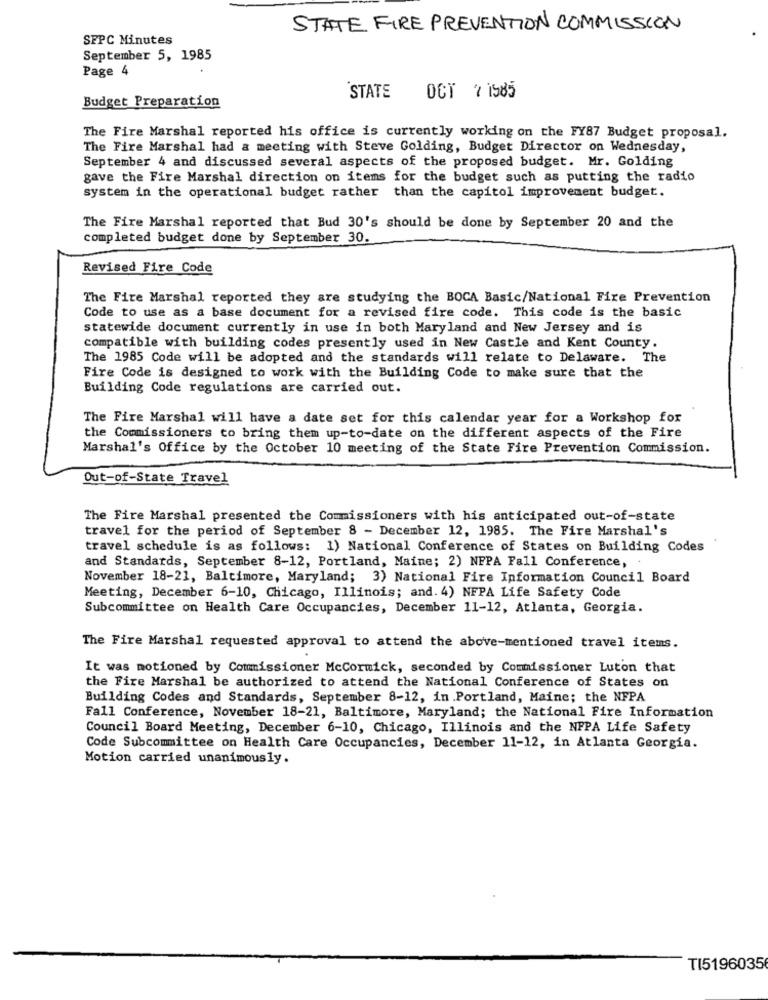
STATE FIRE PREVENTION COMMISSION
SFPC Minutes
September 5, 1985
Page 4
STATE
OCT 2 1585
Budget Preparation
The Fire Marshal reported his office is currently working on the FY87 Budget proposal.
The Fire Marshal had a meeting with Steve Golding, Budget Director on Wednesday,
September 4 and discussed several aspects of the proposed budget. Mr. Golding
gave the Fire Marshal direction on items for the budget such as putting the radio
system in the operational budget rather than the capitol improvement budget.
The Fire Marshal reported that Bud 30's should be done by September 20 and the
completed budget done by September 30.
Revised Fire Code
The Fire Marshal reported they are studying the BOCA Basic/National Fire Prevention
Code to use as a base document for a revised fire code. This code is the basic
statewide document currently in use in both Maryland and New Jersey and is
compatible with building codes presently used in New Castle and Kent County.
The 1985 Code will be adopted and the standards will relate to Delaware. The
Fire Code is designed to work with the Building Code to make sure that the
Building Code regulations are carried out.
The Fire Marshal will have a date set for this calendar year for a Workshop for
the Commissioners to bring them up-to-date on the different aspects of the Fire
Marshal's Office by the October 10 meeting of the State Fire Prevention Commission.
Out-of-State Travel
The Fire Marshal presented the Commissioners with his anticipated out-of-state
travel for the period of September 8 - December 12, 1985. The Fire Marshal's
travel schedule is as follows: 1) National Conference of States on Building Codes
and Standards, September 8-12, Portland, Maine; 2) NFPA Fall Conference,
November 18-21, Baltimore, Maryland; 3) National Fire Information Council Board
Meeting, December 6-10, Chicago, Illinois; and. 4) NFPA Life Safety Code
Subcommittee on Health Care Occupancies, December 11-12, Atlanta, Georgia.
The Fire Marshal requested approval to attend the above-mentioned travel items.
It was motioned by Commissioner McCormick, seconded by Commissioner Luton that
the Fire Marshal be authorized to attend the National Conference of States on
Building Codes and Standards, September 8-12, in Portland, Maine; the NFPA
Fall Conference, November 18-21, Baltimore, Maryland; the National Fire Information
Council Board Meeting, December 6-10, Chicago, Illinois and the NFPA Life Safety
Code Subcommittee on Health Care Occupancies, December 11-12, in Atlanta Georgia.
Motion carried unanimously.
TI5196035